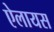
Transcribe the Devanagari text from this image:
ऐलायस